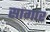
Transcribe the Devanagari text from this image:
सागार